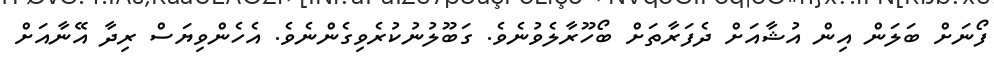
ފޯނަށް ބަލަން އިން އުޝާއަށް ދެފަރާތަށް ބޯހޫރާލެވުނެވެ. ގަބޫލުނުކުރެވިގެންނެވެ. އެހެންވިޔަސް ރިދާ އޭނާއަށް